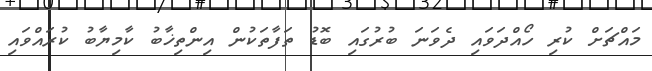
މައްޗަށް ކުރި ހޯއްދަވައި ދެވަނަ ބުރުގައި ބޮޑު ތަފާތަކުން އިންތިޚާބު ކާމިޔާބު ކުރައްވައި